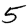
Digit: 5